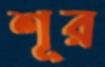
শূর